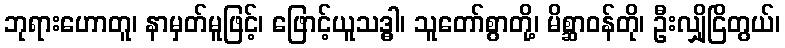
ဘုရားဟောတူ၊ နာမှတ်မူဖြင့်၊ ဖြောင့်ယူသဒ္ဓါ၊ သူတော်စွာတို့၊ မိစ္ဆာဝန်တို၊ ဦးလျှိုငြိတွယ်၊